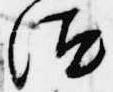
汰